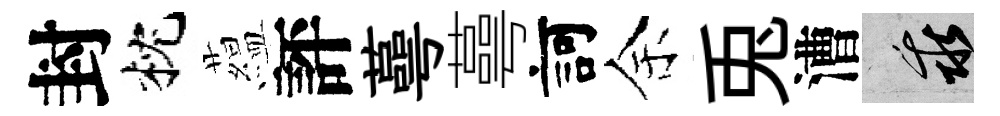
封枕藴評蕚蕚訶余兎漕乖